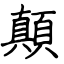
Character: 顛